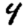
Digit: 4